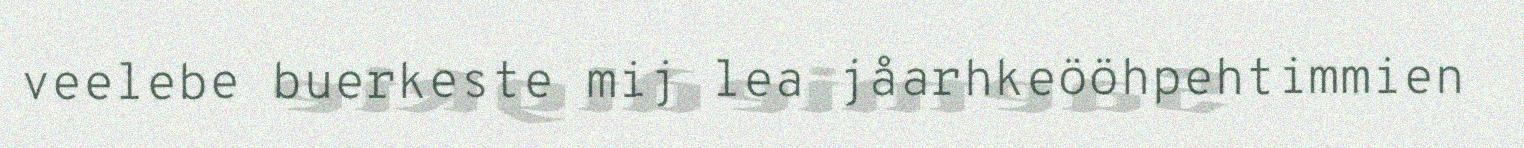
veelebe buerkeste mij lea jåarhkeööhpehtimmien